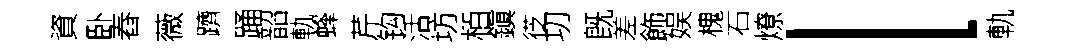
資卧舂薇躋踊韶軌蜂芹钩活坊栢鎭徔㓛旣差飾娱槐石燎l軌